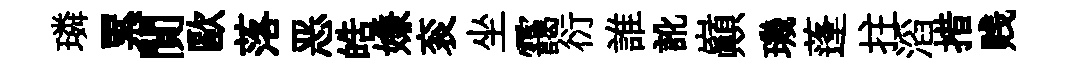
璘累閴歐落恶皓嫌衮坐靄衍誰訛巔璣蓬拄滔措贱